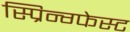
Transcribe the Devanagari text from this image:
स्प्रिन्ग्फेस्ट